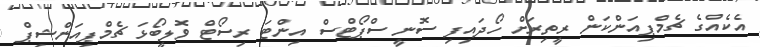
އެކެއްގެ ޗެމްޕިއަންކަން ރީތިރަށް ހޯދައިފި ސޮނީ ސްޕޯޓްސް އިންޓަ ރިސޯޓް ވޮލީބޯޅަ ޗެމްޕިއަންޝިޕް